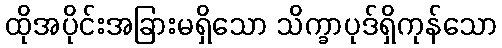
ထိုအပိုင်းအခြားမရှိသော သိက္ခာပုဒ်ရှိကုန်သော